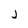
Character: j